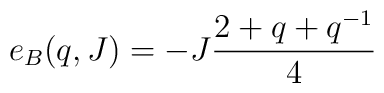
e_B(q,J) = -J \frac{2 + q +q^{-1}}{4}